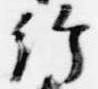
給